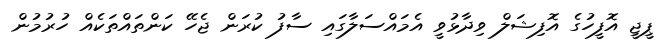
ޕީޖީ އޮފީހުގެ އޮފިޝަލް ވިދާޅުވީ އެމައްސަލާގައި ސާފު ކުރަން ޖެހޭ ކަންތައްތަކެއް ހުރުމުން